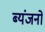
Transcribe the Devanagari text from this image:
ब्यंजनों